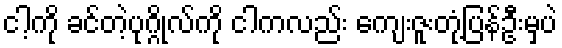
ငါ့ကို ခင်တဲ့ပုဂ္ဂိုလ်ကို ငါကလည်း ကျေးဇူးတုံ့ပြန်ဦးမှပဲ